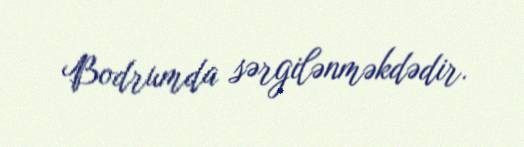
Bodrumda sərgilənməkdədir.